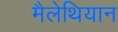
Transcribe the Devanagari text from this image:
मैलेथियान